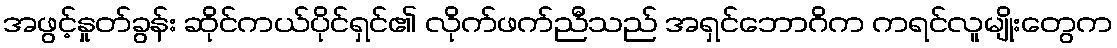
အဖွင့်နှုတ်ခွန်း ဆိုင်ကယ်ပိုင်ရှင်၏ လိုက်ဖက်ညီသည် အရှင်ဘောဂိက ကရင်လူမျိုးတွေက